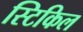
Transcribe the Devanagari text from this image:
स्टिकिल